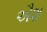
ઐશ